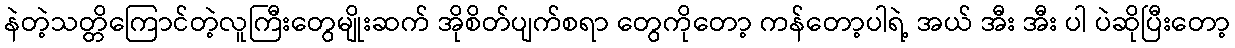
နဲတဲ့သတ္တိကြောင်တဲ့လူကြီးတွေမျိုးဆက် အိုစိတ်ပျက်စရာ တွေကိုတော့ ကန်တော့ပါရဲ့ အယ် အီး အီး ပါ ပဲဆိုပြီးတော့